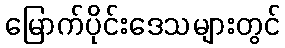
မြောက်ပိုင်းဒေသများတွင်